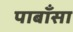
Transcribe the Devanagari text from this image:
पाबाँसा